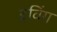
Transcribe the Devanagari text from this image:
इविंग